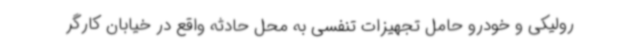
رولیکی و خودرو حامل تجهیزات تنفسی به محل حادثه واقع در خیابان کارگر